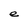
Character: e